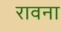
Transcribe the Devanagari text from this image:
रावना